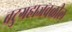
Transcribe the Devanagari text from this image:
बटुग्रहाजवळील